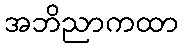
အဘိညာကထာ